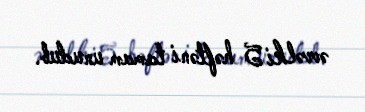
əvvəlki 5 həftəni tamam unudub.